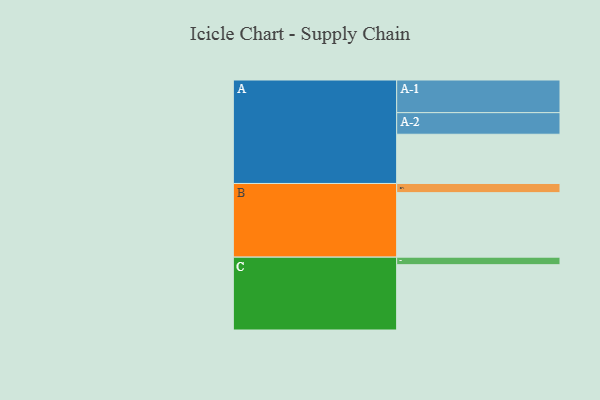
{"axis": {"x": "Segment", "y": "Value"}, "legend": ["", "A", "B", "C"], "data": [{"x": "A", "y": 365, "type": ""}, {"x": "B", "y": 478, "type": ""}, {"x": "C", "y": 484, "type": ""}, {"x": "A-1", "y": 242, "type": "A"}, {"x": "A-2", "y": 160, "type": "A"}, {"x": "B-1", "y": 68, "type": "B"}, {"x": "C-1", "y": 56, "type": "C"}]}